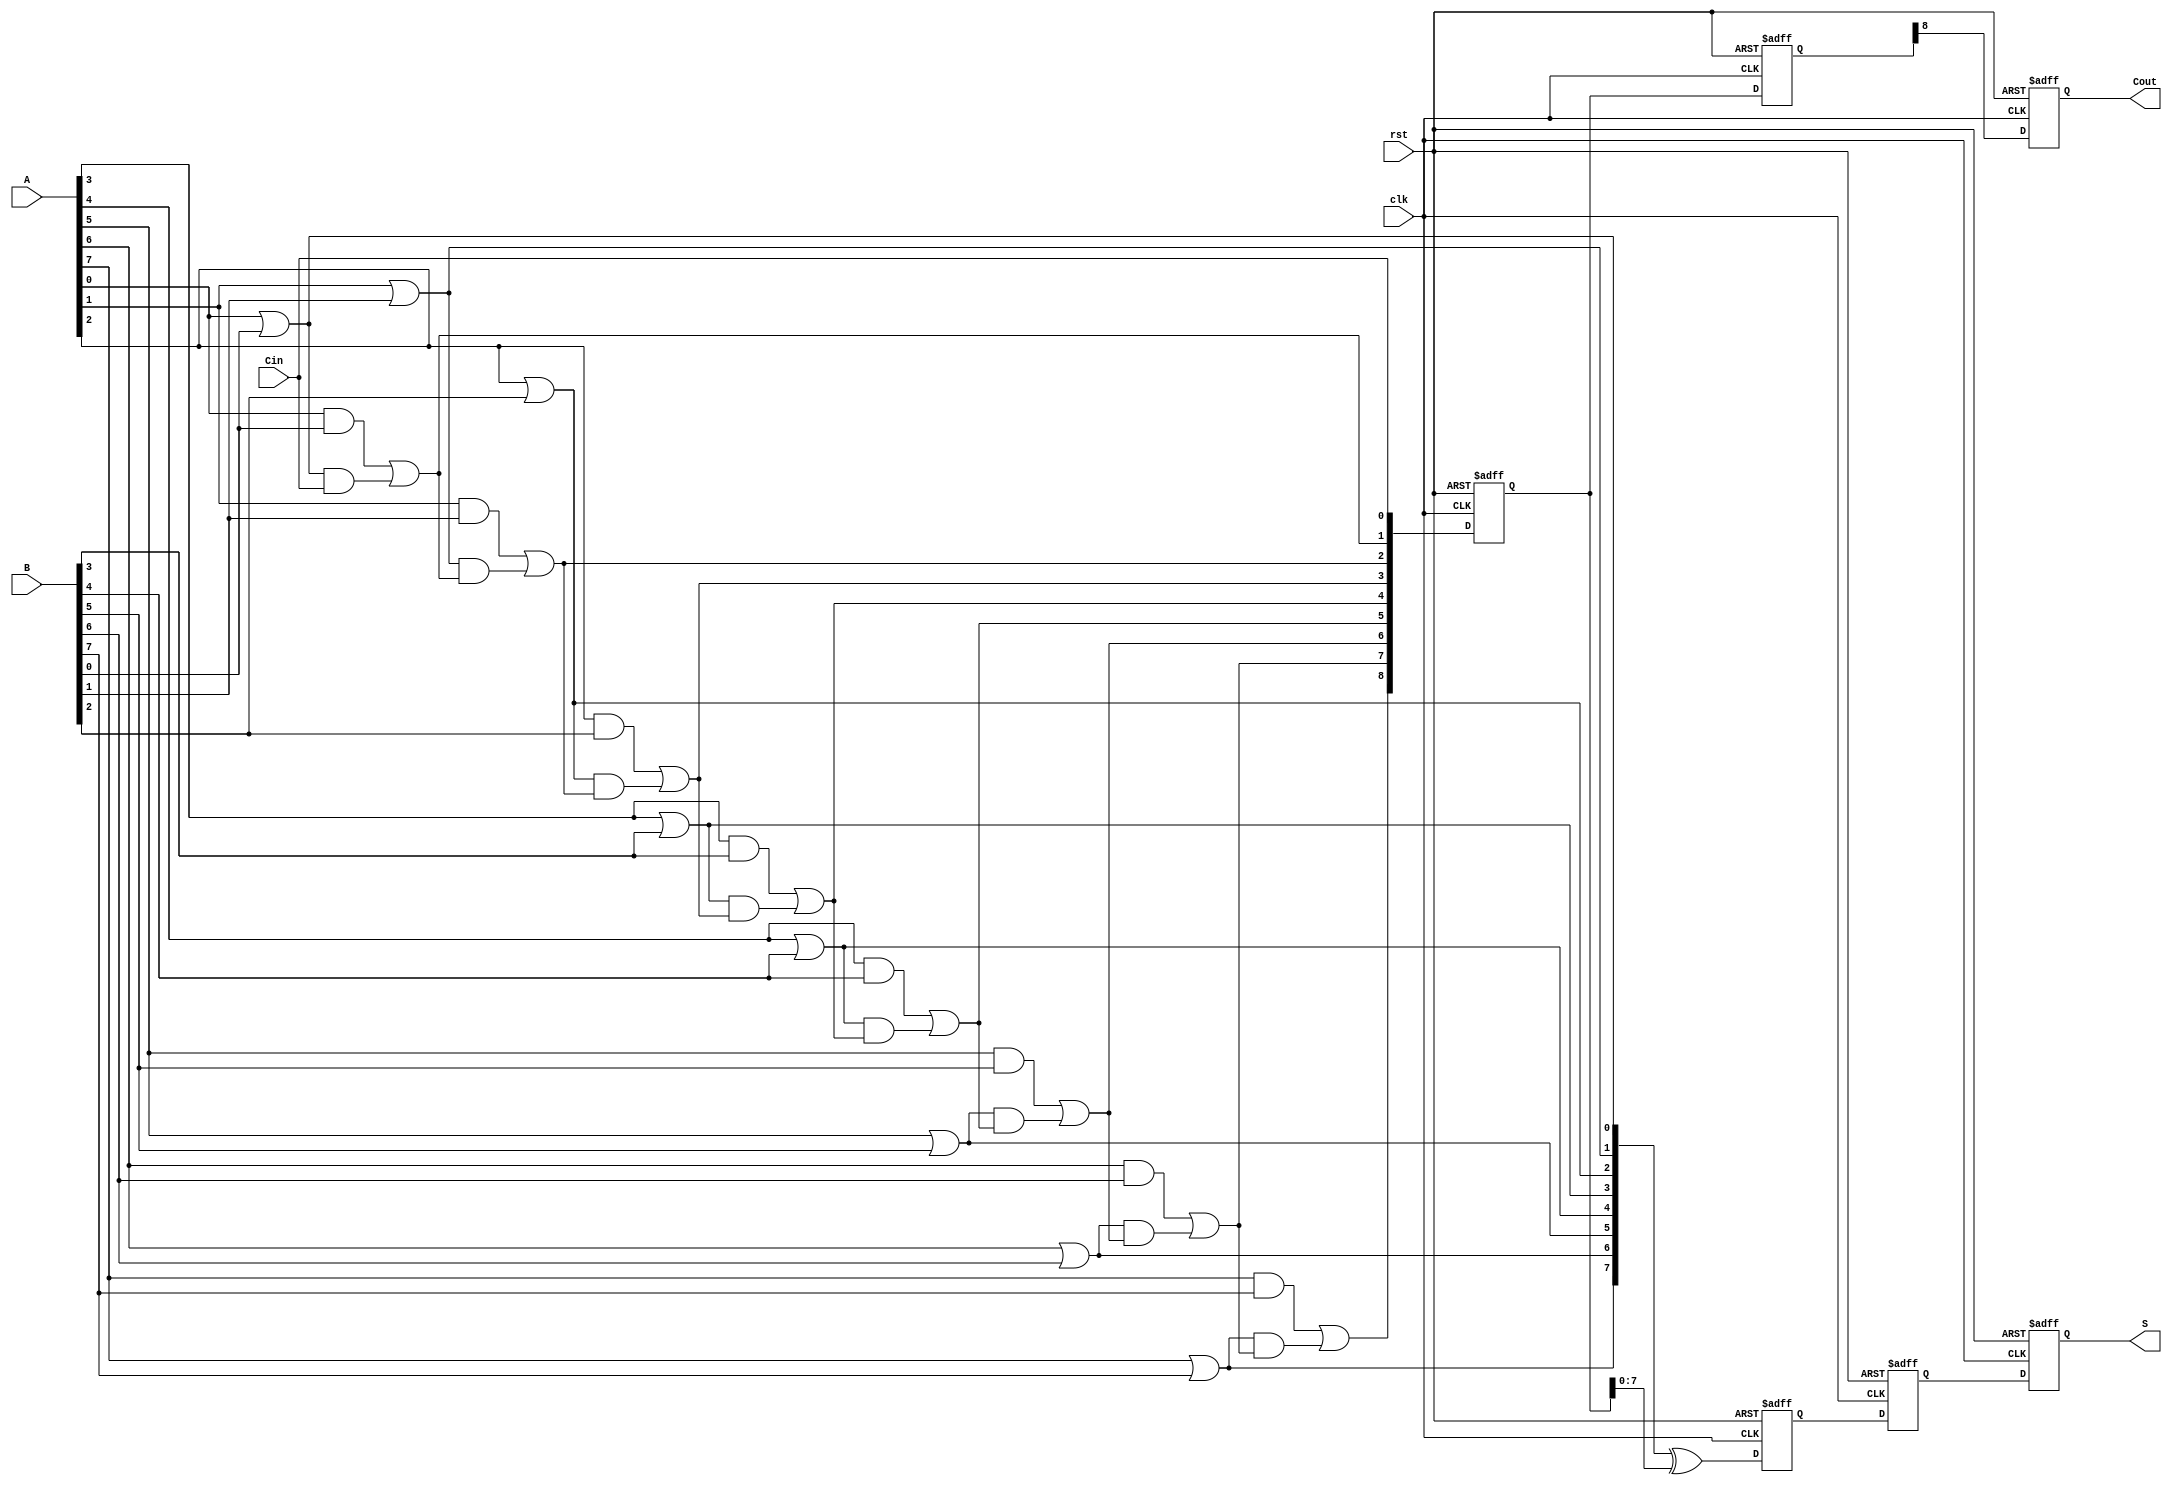
module PipelinedCLA #(parameter n = 8, parameter stages = 2) (
    input wire clk,
    input wire rst,
    input wire [n-1:0] A,
    input wire [n-1:0] B,
    input wire Cin,
    output reg [n-1:0] S,
    output reg Cout
);

    // Intermediate signals
    wire [n-1:0] G; // Generate signals
    wire [n-1:0] P; // Propagate signals
    wire [n:0] C;   // Carry signals

    // Carry Lookahead Logic
    genvar i;
    generate
        for (i = 0; i < n; i = i + 1) begin : CLA_G_P
            assign G[i] = A[i] & B[i]; // Generate
            assign P[i] = A[i] | B[i]; // Propagate
        end
    endgenerate

    // Carry Calculation
    assign C[0] = Cin;
    generate
        for (i = 0; i < n; i = i + 1) begin : CLA_C
            if (i == 0) begin
                assign C[i + 1] = G[i] | (P[i] & C[i]);
            end else begin
                assign C[i + 1] = G[i] | (P[i] & C[i]);
            end
        end
    endgenerate

    // Pipelined registers for carry and sum
    reg [n:0] C_reg[0:stages-1]; // Carry registers
    reg [n-1:0] S_reg[0:stages-1]; // Sum registers

    // Pipelining stages
    integer stage;
    always @(posedge clk or posedge rst) begin
        if (rst) begin
            // Reset all registers
            S <= 0;
            Cout <= 0;
            for (stage = 0; stage < stages; stage = stage + 1) begin
                S_reg[stage] <= 0;
                C_reg[stage] <= 0;
            end
        end else begin
            // Stage 0: Calculate carry and sum
            C_reg[0] <= C;
            S_reg[0] <= (P ^ C_reg[0][n-1:0]);

            // Pipeline through stages
            for (stage = 1; stage < stages; stage = stage + 1) begin
                C_reg[stage] <= C_reg[stage - 1];
                S_reg[stage] <= S_reg[stage - 1];
            end

            // Final output
            S <= S_reg[stages - 1];
            Cout <= C_reg[stages - 1][n];
        end
    end

endmodule